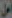
أمل